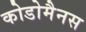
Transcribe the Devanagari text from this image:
कोडोमैनस